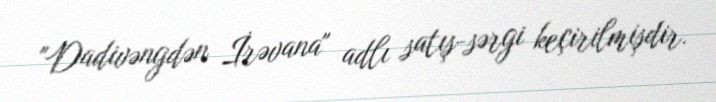
"Dadivəngdən İrəvana" adlı satış-sərgi keçirilmişdir.